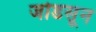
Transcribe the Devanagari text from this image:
जोडसून